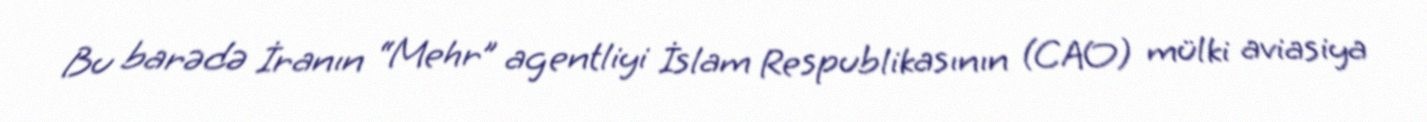
Bu barədə İranın “Mehr” agentliyi İslam Respublikasının (CAO) mülki aviasiya